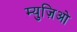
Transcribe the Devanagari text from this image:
म्युज़िओ